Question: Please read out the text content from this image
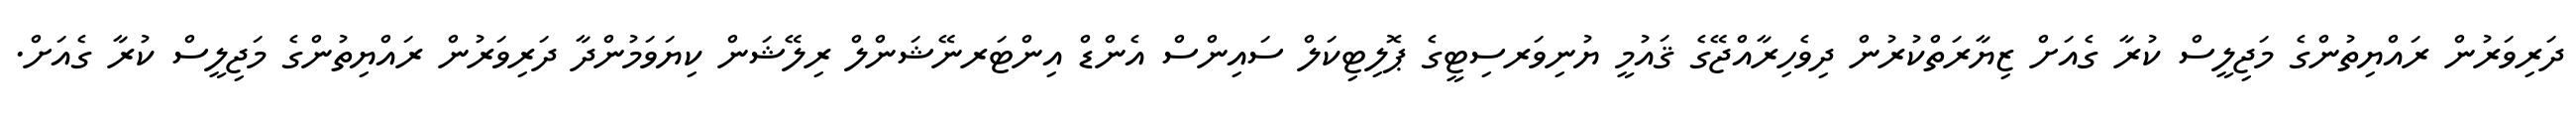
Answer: ދަރިވަރުން ރައްޔިތުންގެ މަޖިލީސް ކުރާ ގެއަށް ޒިޔާރަތްކުރުން ދިވެހިރާއްޖޭގެ ޤައުމީ ޔުނިވަރސިޓީގެ ޕޮލިޓިކަލް ސައިންސް އެންޑް އިންޓަރނޭޝަންލް ރިލޭޝަން ކިޔަވަމުންދާ ދަރިވަރުން ރައްޔިތުންގެ މަޖިލީސް ކުރާ ގެއަށް.